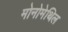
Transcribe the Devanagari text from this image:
मोनोमेथिल